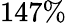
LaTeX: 147\%